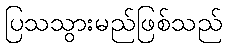
ပြသသွားမည်ဖြစ်သည်